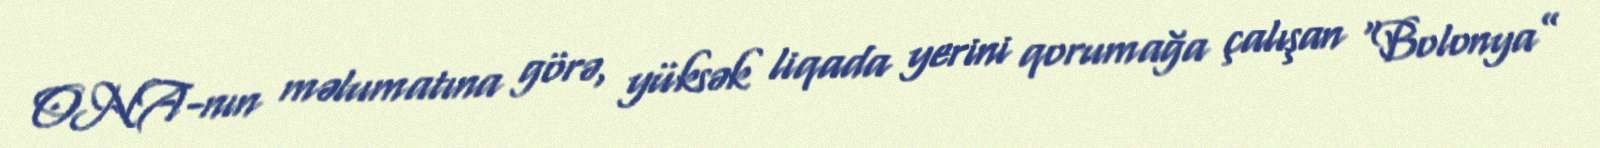
ONA-nın məlumatına görə, yüksək liqada yerini qorumağa çalışan “Bolonya”